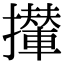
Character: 攆